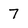
Character: 7